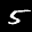
Label: 5